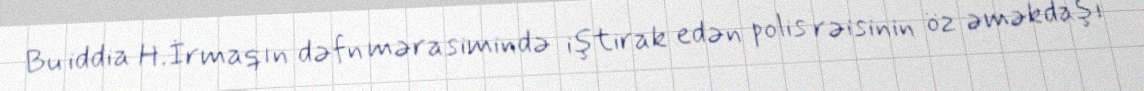
Bu iddia H.İrmaqın dəfn mərasimində iştirak edən polis rəisinin öz əməkdaşı